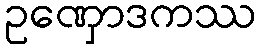
ဥဏှောဒကဿ